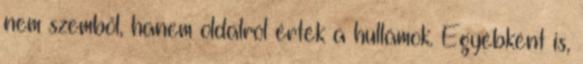
nem szemből, hanem oldalról érték a hullámok. Egyébként is,